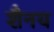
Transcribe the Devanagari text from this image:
शैनय